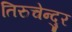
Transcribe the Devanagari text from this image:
तिरुचेन्दुर